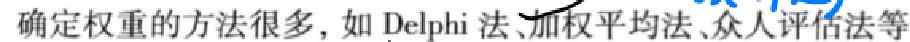
确定权重的方法很多, 如 Delphi 法、加权平均法、众人评估法等